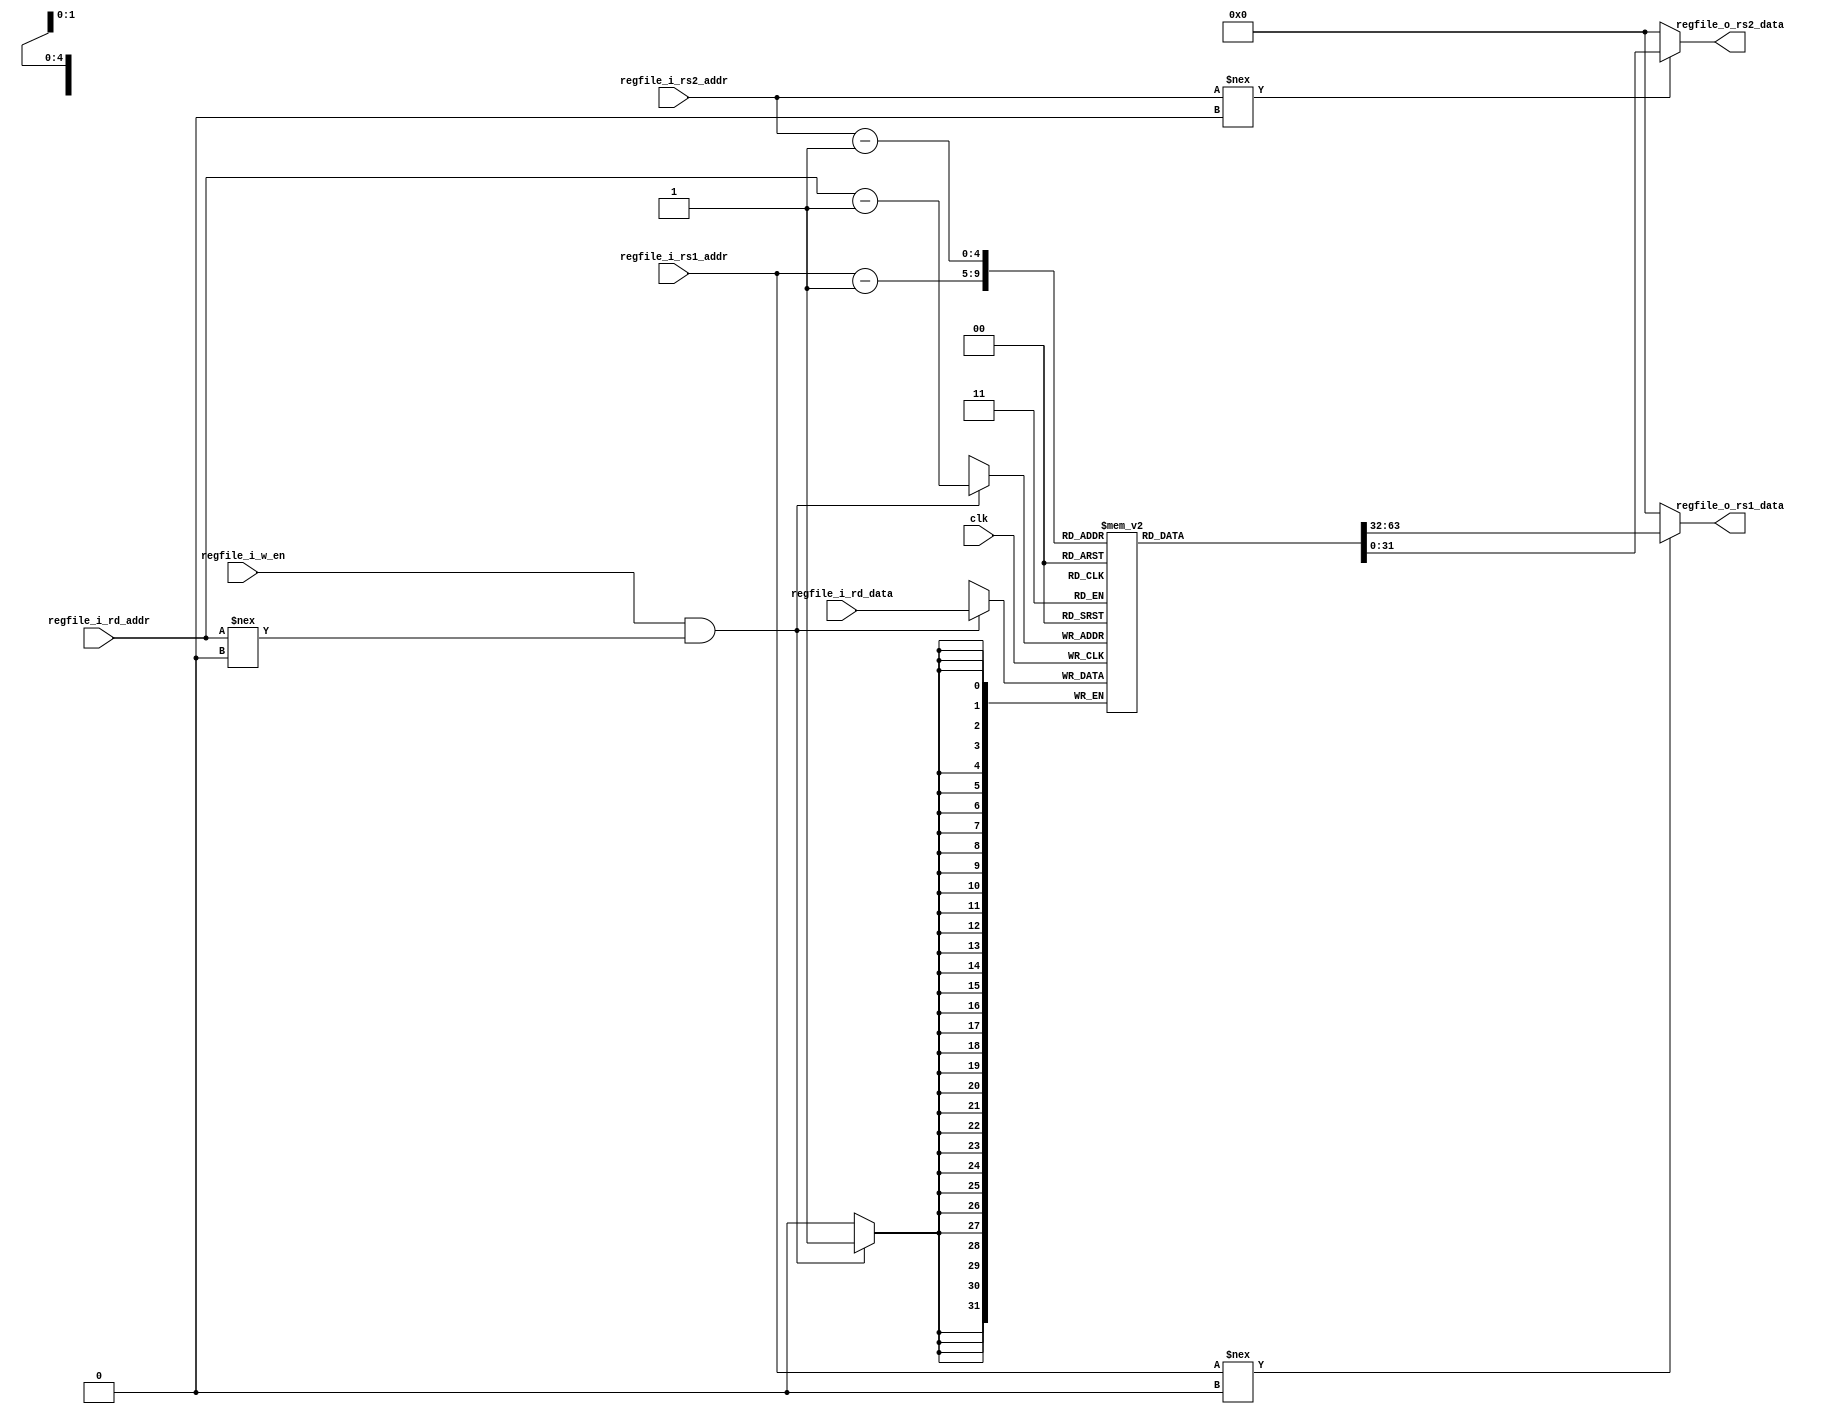

module regfile (
  input         clk,
  input  [4:0]  regfile_i_rd_addr,
  input         regfile_i_w_en,
  input  [31:0] regfile_i_rd_data,
  
  input  [4:0]  regfile_i_rs1_addr,
  output [31:0] regfile_o_rs1_data,
  input  [4:0]  regfile_i_rs2_addr,
  output [31:0] regfile_o_rs2_data
);

  (* ram_style = "distributed" *) reg [31:0] mem[31-1:0];
  
  always @(posedge clk) begin
    if (regfile_i_w_en && (regfile_i_rd_addr !== 'h0)) begin
      mem[regfile_i_rd_addr-1] <= regfile_i_rd_data;
    end
  end

  assign regfile_o_rs1_data = regfile_i_rs1_addr !== 'h0 ? mem[regfile_i_rs1_addr-1] : 'h0;
  assign regfile_o_rs2_data = regfile_i_rs2_addr !== 'h0 ? mem[regfile_i_rs2_addr-1] : 'h0;

endmodule